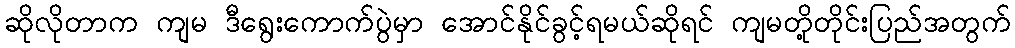
ဆိုလိုတာက ကျမ ဒီရွေးကောက်ပွဲမှာ အောင်နိုင်ခွင့်ရမယ်ဆိုရင် ကျမတို့တိုင်းပြည်အတွက်